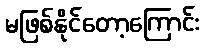
မဖြစ်နိုင်တော့ကြောင်း